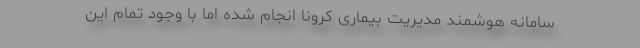
سامانه هوشمند مدیریت بیماری کرونا انجام شده اما با وجود تمام این